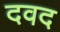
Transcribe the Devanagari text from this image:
दवद